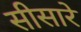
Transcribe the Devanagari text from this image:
सीसारे